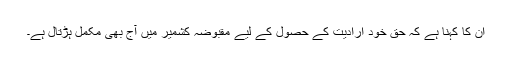
ان کا کہنا ہے کہ حق خود ارادیت کے حصول کے لیے مقبوضہ کشمیر میں آج بھی مکمل ہڑتال ہے۔